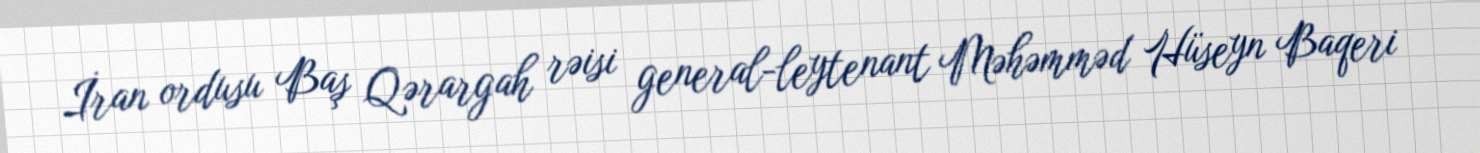
İran ordusu Baş Qərargah rəisi general-leytenant Məhəmməd Hüseyn Baqeri